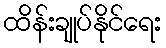
ထိန်းချုပ်နိုင်ရေး